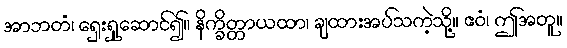
အာဘတံ၊ ရှေးရှုဆောင်၍။ နိက္ခိတ္တာယထာ၊ ချထားအပ်သကဲ့သို့။ ဧဝံ၊ ဤအတူ။